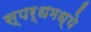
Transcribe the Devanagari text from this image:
स्पर्धमध्ये